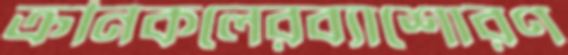
ক্রনিকলেরব্যাশোরণ